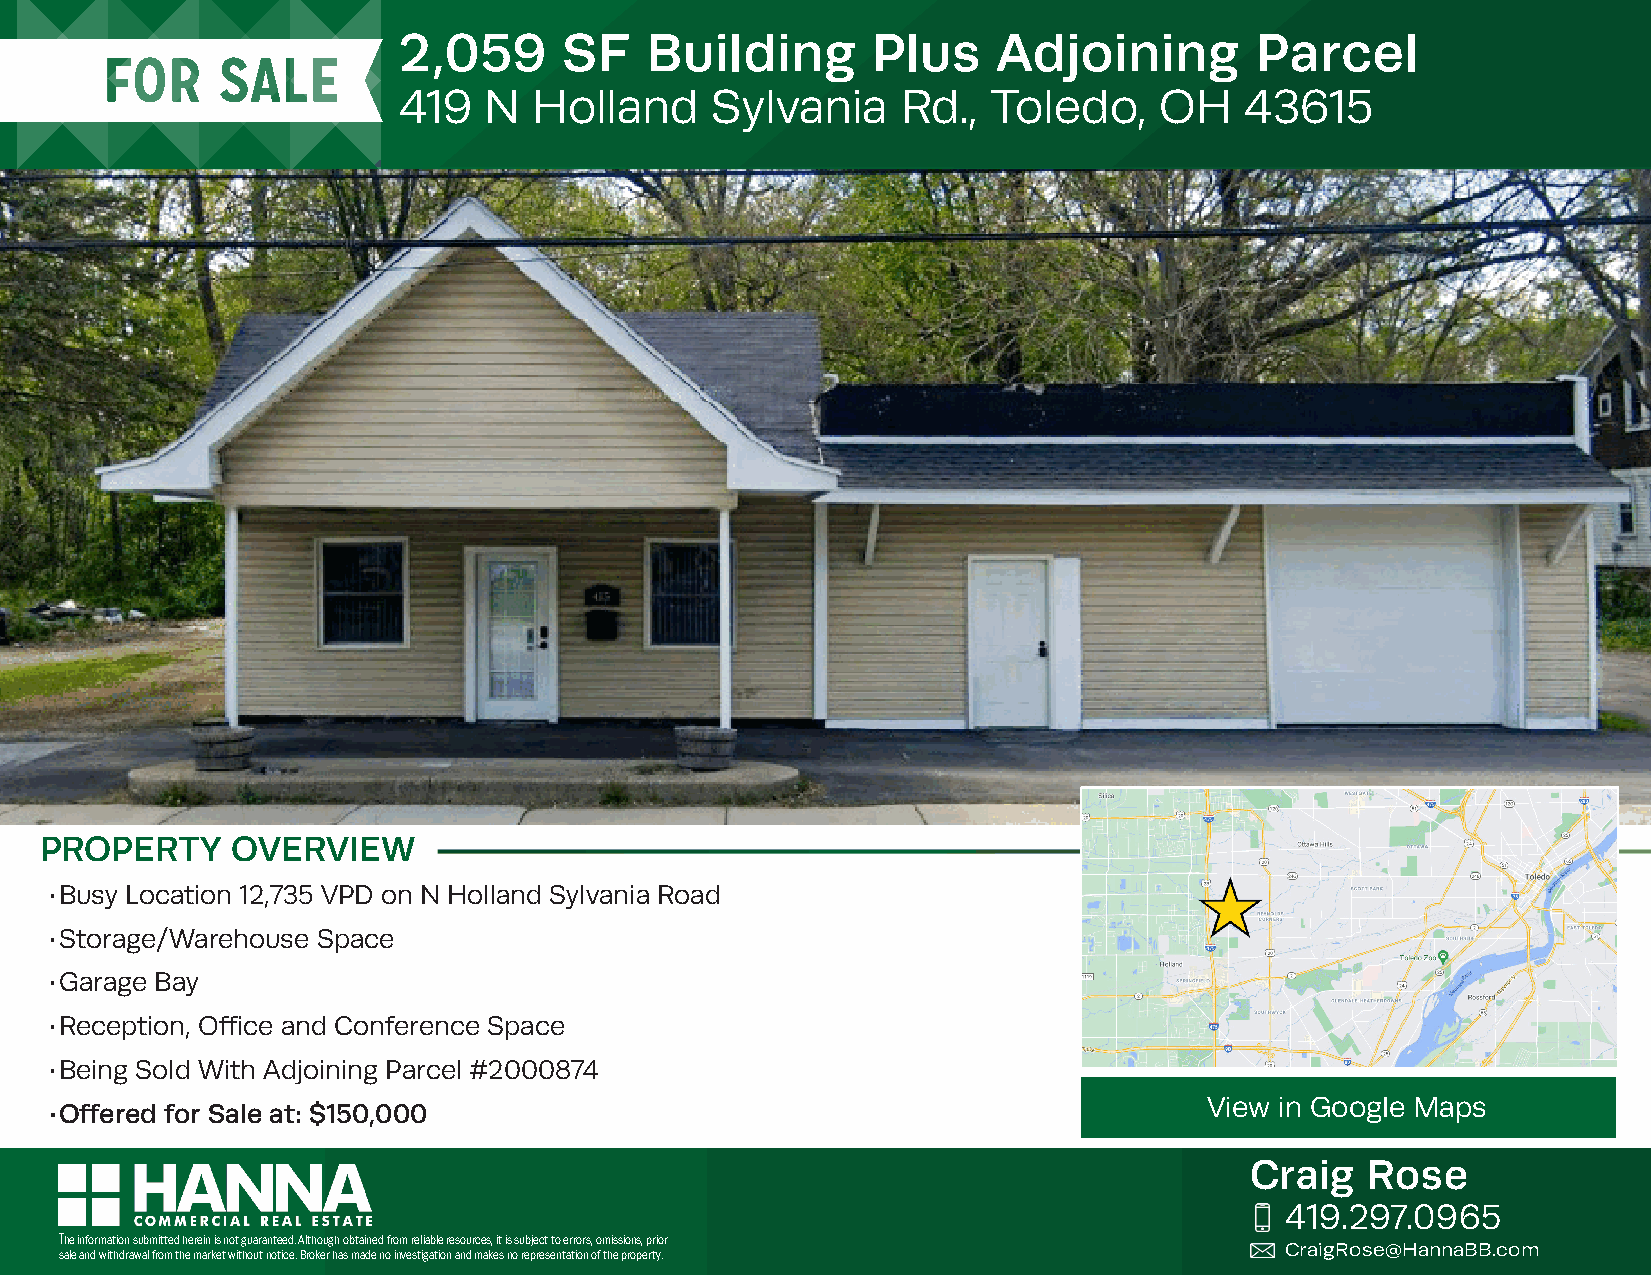
2,059      SF    Building       Plus    Adjoining        Parcel
 419   N  Holland     Sylvania     Rd.,  Toledo,    OH   43615
 PROPERTY    OVERVIEW
 • Busy Location 12,735 VPD on N Holland Sylvania Road
 • Storage/Warehouse Space
 • Garage Bay
 • Reception, Office and Conference Space
 • Being Sold With Adjoining Parcel #2000874
 View in Google Maps
 • Offered for Sale at: $150,000
 Craig   Rose
 419.297.0965
 The information submitted herein is not guaranteed. Although obtained from reliable resources, it is subject to errors, omissions, prior
 CraigRose@HannaBB.com
 sale and withdrawal from the market without notice. Broker has made no investigation and makes no representation of the property.